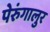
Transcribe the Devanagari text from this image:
पेरुंगालुर